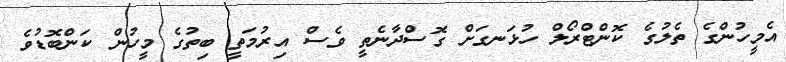
އެމީހުންގެ ތެލުގެ ކޮންޓްރޯލް ހުޅަނގަށް ގޮސްދާނެތީ ވެސް އިރުމަތީ ބިތުގެ މީހުން ކަންބޮޑުވެ